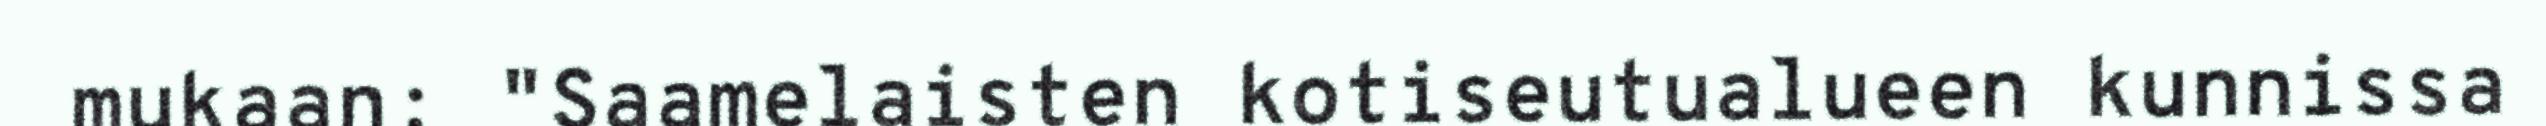
mukaan: "Saamelaisten kotiseutualueen kunnissa